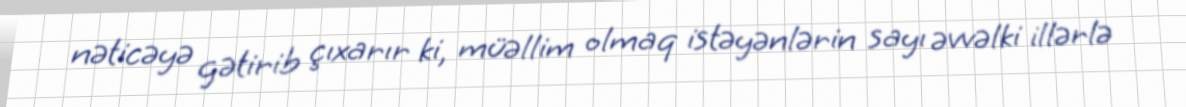
nəticəyə gətirib çıxarır ki, müəllim olmaq istəyənlərin sayı əvvəlki illərlə